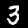
Digit: 3